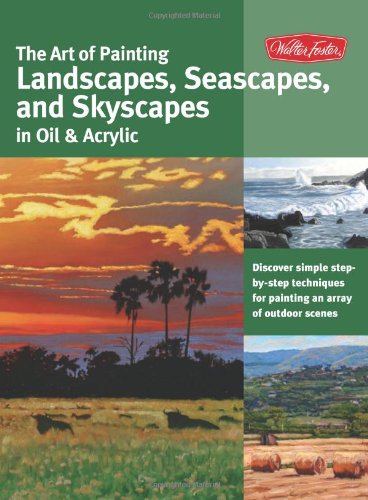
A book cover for The Art of Painting Landscapes, Seascapes, and Skyscapes in Oil & Acrylic: Disover simple step-by-step techniques for painting an array of outdoor scenes. (Collector's Series); Martin Clarke; Arts & Photography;